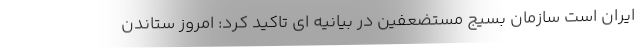
ایران است سازمان بسیج مستضعفین در بیانیه ای تاکید کرد: امروز ستاندن